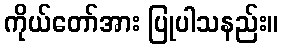
ကိုယ်တော်အား ပြုပါသနည်း။